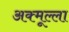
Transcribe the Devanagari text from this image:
अक्मूल्ला